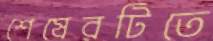
শেষেরটিতে